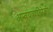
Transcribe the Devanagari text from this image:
अन्वयव्यतिरेकी।